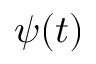
\psi ( t )